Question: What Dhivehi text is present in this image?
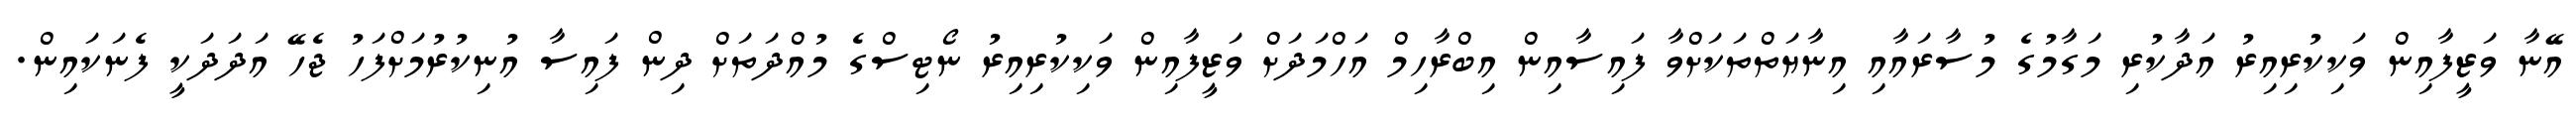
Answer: އޭނާ ވަޒީފާއިން ވަކިކުރިއިރު އަދާކުރި މަގާމުގެ މުސާރައާއި އިނާޔަތްތަކަށްވާ ފައިސާއިން އިބްރާހިމް އަހްމަދަށް ވަޒީފާއިން ވަކިކުރިއިރު ނޯޓިސްގެ މުއްދަތަށް ދިން ފައިސާ އުނިކުރުމަށްފަހު ޖެހޭ އަދަދަކީ ފެނަކައިން.